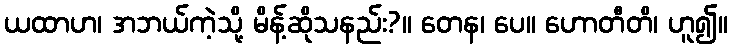
ယထာဟ၊ အဘယ်ကဲ့သို့ မိန့်ဆိုသနည်း?။ တေန၊ ပေ။ ဟောတီတိ၊ ဟူ၍။